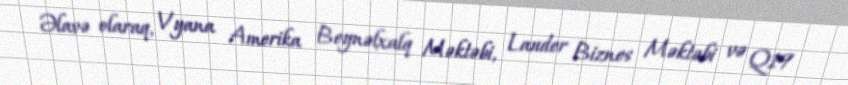
Əlavə olaraq, Vyana Amerika Beynəlxalq Məktəbi, Lauder Biznes Məktəbi və Q19